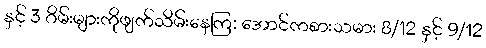
နှင့် 3 ဂိမ်းများကိုဖျက်သိမ်းနေကြ: အောင်ကစားသမား 8/12 နှင့် 9/12